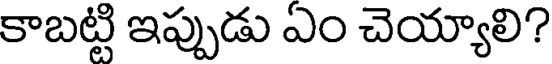
కాబట్టి ఇప్పుడు ఏం చెయ్యాలి?